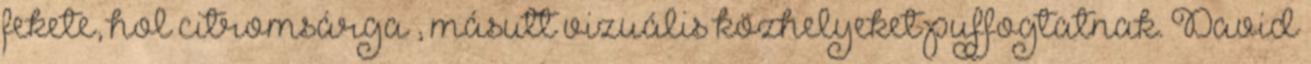
fekete, hol citromsárga , másutt vizuális közhelyeket puffogtatnak. David